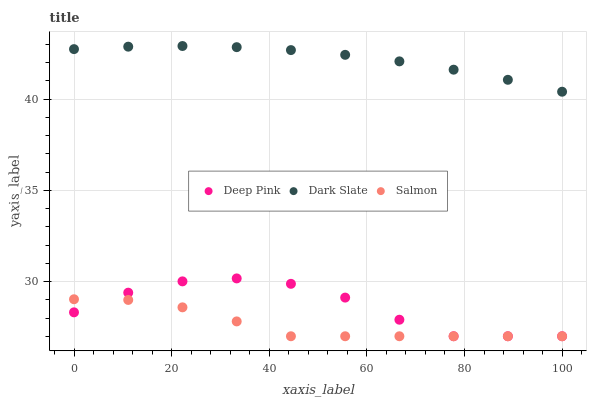
| xaxis_label | Deep Pink | Dark Slate | Salmon |
 | --- | --- | --- | --- |
 | 0 | 28.3 | 42.7 | 29 |
 | 11.1 | 29.4 | 42.9 | 29 |
 | 22.2 | 30 | 42.9 | 28.6 |
 | 33.3 | 30.2 | 42.9 | 27.8 |
 | 44.4 | 29.9 | 42.7 | 27 |
 | 55.6 | 29.1 | 42.4 | 27 |
 | 66.7 | 27.9 | 42.1 | 27 |
 | 77.8 | 27 | 41.6 | 27 |
 | 88.9 | 27 | 41.1 | 27 |
 | 100 | 27 | 40.4 | 27 |